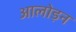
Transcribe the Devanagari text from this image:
आलोड़न